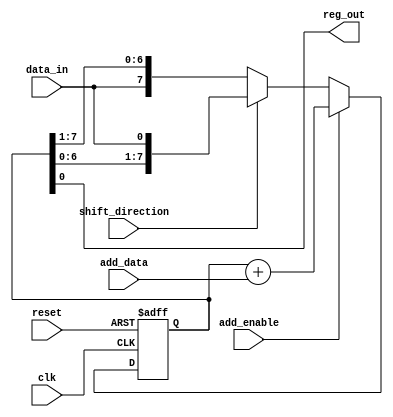
module Shift_Add_Register (
    input wire clk,
    input wire reset,
    input wire shift_direction, // 0 for right shift, 1 for left shift
    input wire data_in,
    input wire add_enable,
    input wire add_data,
    output reg reg_out
);

reg [7:0] shift_register;

always @(posedge clk or posedge reset) begin
    if (reset) begin
        shift_register <= 8'b0;
    end else begin
        if (shift_direction) begin
            shift_register <= {shift_register[6:0], data_in};
        end else begin
            shift_register <= {data_in, shift_register[7:1]};
        end
        
        if (add_enable) begin
            shift_register <= shift_register + add_data;
        end
    end
end

assign reg_out = shift_register;

endmodule